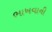
ભાખવાની